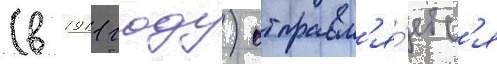
(в 1911 году) отправл'я́етс'я